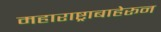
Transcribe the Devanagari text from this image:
महाराष्ट्राबाहेरून